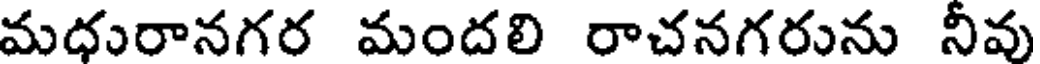
మధురానగర మందలి రాచనగరును నీవు